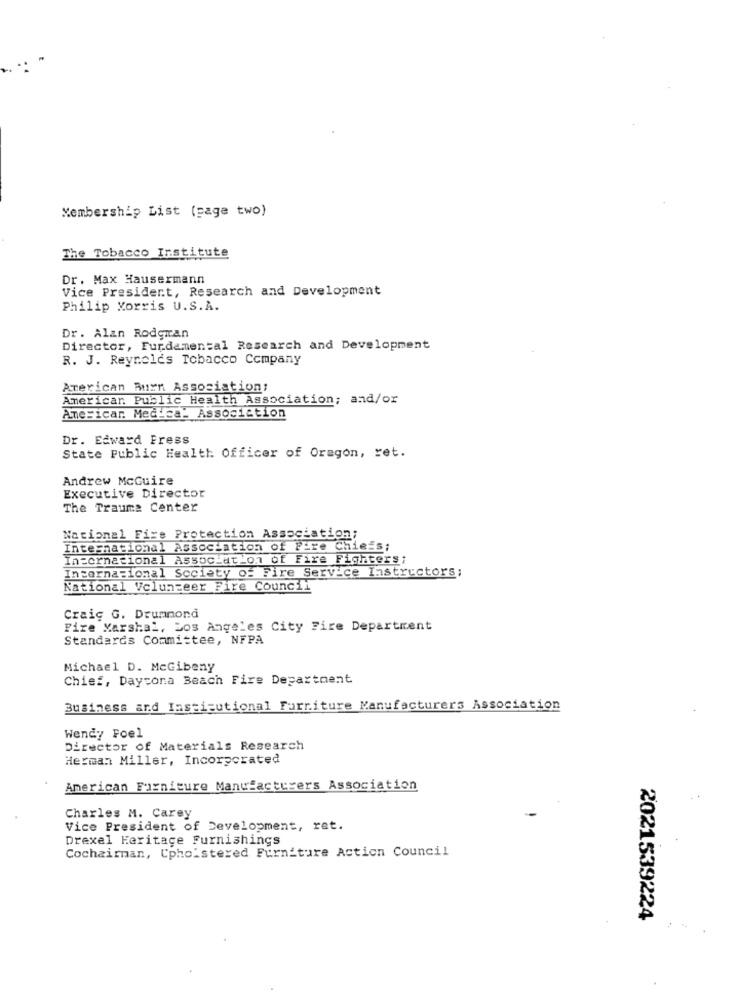
Membership List (page two)
The Tobacco Institute
Dr. Max Hausermann
Vice President, Research and Development
Philip Morris U.S.A.
Dr. Alan Rodgran
Director, Fur.damental Research and Development
R. J. Reynolds Tobacco Company
American Burn Association;
Americar. Public Health Association; and/or
Americar. Medica- Association
Dr. Edward Fress
State Public Health Officer of Oregon, ret.
Andrew McGuire
Executive Director
The Trauma Center
National Fire Protection Association;
International Association of Fire Chiefs;
International Association of Fire Fighters;
International Society of Fire Service Instructors;
National Vclungeer Fire Council
Craig G. Drummond
Fire Marshal, Los Angeles City Fire Department
Standards Committee, NFPA
Michael D. McGibeny
Chief, Daytona Beach Fire Department
Business and Institutional Furniture Manufacturers Association
Wendy Foel
Director of Materials Research
Herman Miller, Incorporated
American Furniture Manufacturers Association
. .
Charles M. Carey
Vice President of Development, ret.
Drexel Heritage Furnishings
Cochairman, Upholstered Furniture Action Council
2021539224